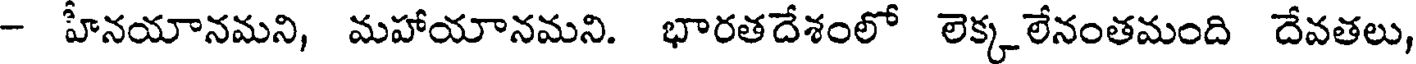
- హనయానమని, మహాయానమని. భారతదేశంలో లెక్క లేనంతమంది దేవతలు,